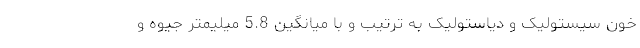
خون سیستولیک و دیاستولیک به ترتیب و با میانگین 5.8 میلیمتر جیوه و